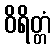
ဝိရိတ္တံ